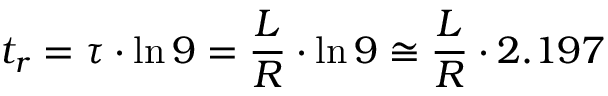
t _ { r } = \tau \cdot \ln 9 = { \frac { L } { R } } \cdot \ln 9 \cong { \frac { L } { R } } \cdot 2 . 1 9 7